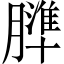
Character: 𦡤